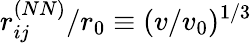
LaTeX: r_{ij}^{(NN)}/r_{0}\equiv(v/v_{0})^{1/3}